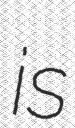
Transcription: is